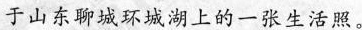
于山东聊城环城湖上的一张生活照。